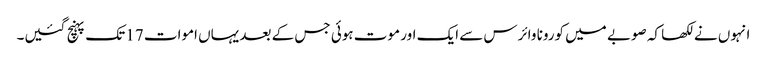
انہوں نے لکھا کہ صوبے میں کورونا وائرس سے ایک اور موت ہوئی جس کے بعد یہاں اموات 17 تک پہنچ گئیں۔